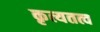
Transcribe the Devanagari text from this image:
कृत्यतत्व